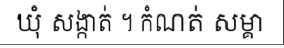
ឃុំ សង្កាត់ ។ កំណត់ សម្គា